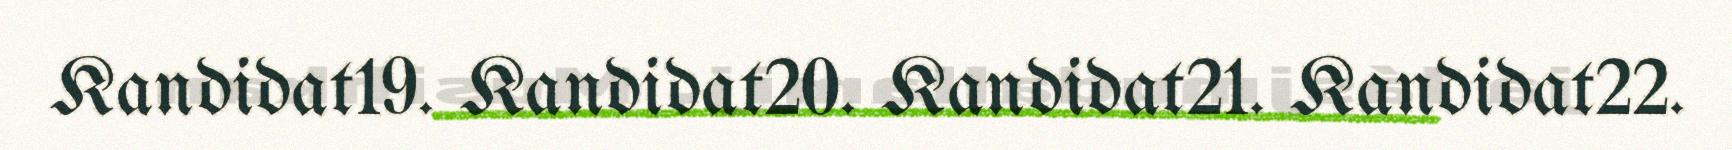
Kandidat19. Kandidat20. Kandidat21. Kandidat22.